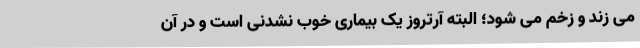
می زند و زخم می شود؛ البته آرتروز یک بیماری خوب نشدنی است و در آن